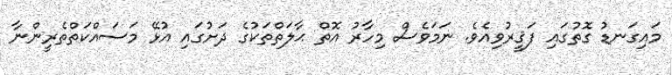
މައިގަނޑު ގޮތުގައި ފަޤީރުވިއެވެ. ނަމަވެސް މިހާރު އޮތް ޙާލަތްތަކުގެ ދަށުގައި އުޅޭ މަސައްކަތްތެރީންނާ